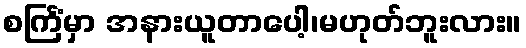
စင်္ကြံမှာ အနားယူတာပေါ့၊မဟုတ်ဘူးလား။